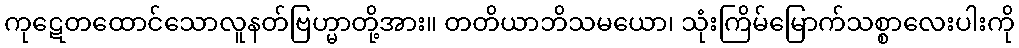
ကုဋေတထောင်သောလူနတ်ဗြဟ္မာတို့အား။ တတိယာဘိသမယော၊ သုံးကြိမ်မြောက်သစ္စာလေးပါးကို